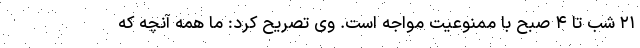
۲۱ شب تا ۴ صبح با ممنوعیت مواجه است. وی تصریح کرد: ما همه آنچه که